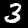
Digit: 3